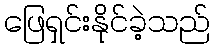
ဖြေရှင်းနိုင်ခဲ့သည်